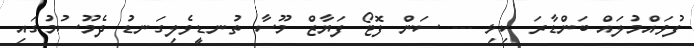
ފުވައްމުލައް ބަންޑާރަ ކިޅި --- ސަން ފޮޓޯ ފަޔާޒް މޫސާ ތުނޑީވެލިގަނޑު ދެމޫސުމުގައި